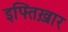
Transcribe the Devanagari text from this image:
इफ्तिख़ार